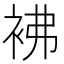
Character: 𧙂